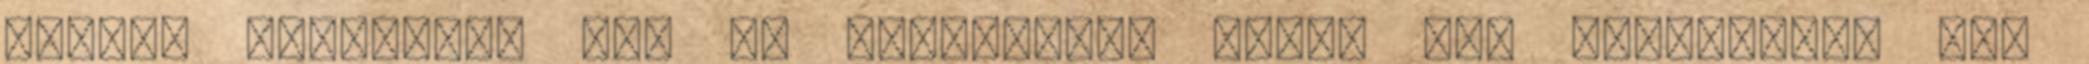
igazán nagyszerű író és államférfi volt. De. Könyörgöm. Elf